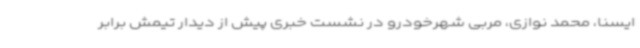
ایسنا، محمد نوازی، مربی شهرخودرو در نشست خبری پیش از دیدار تیمش برابر